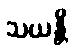
သယန္တိ